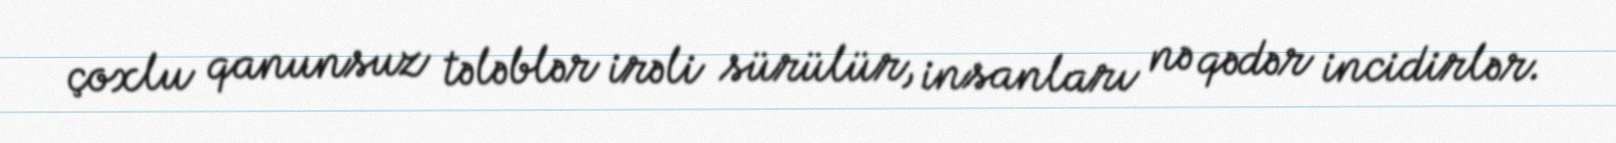
çoxlu qanunsuz tələblər irəli sürülür, insanları nə qədər incidirlər.